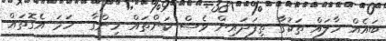
ބައެއް ހާލައް ތަކުގާ ތިފަދައިން ވެސް ކަންތައް ހިންގާ  ހަމަ އެގޮތައް